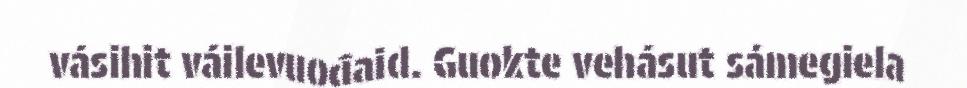
vásihit váilevuođaid. Guokte vehásut sámegiela